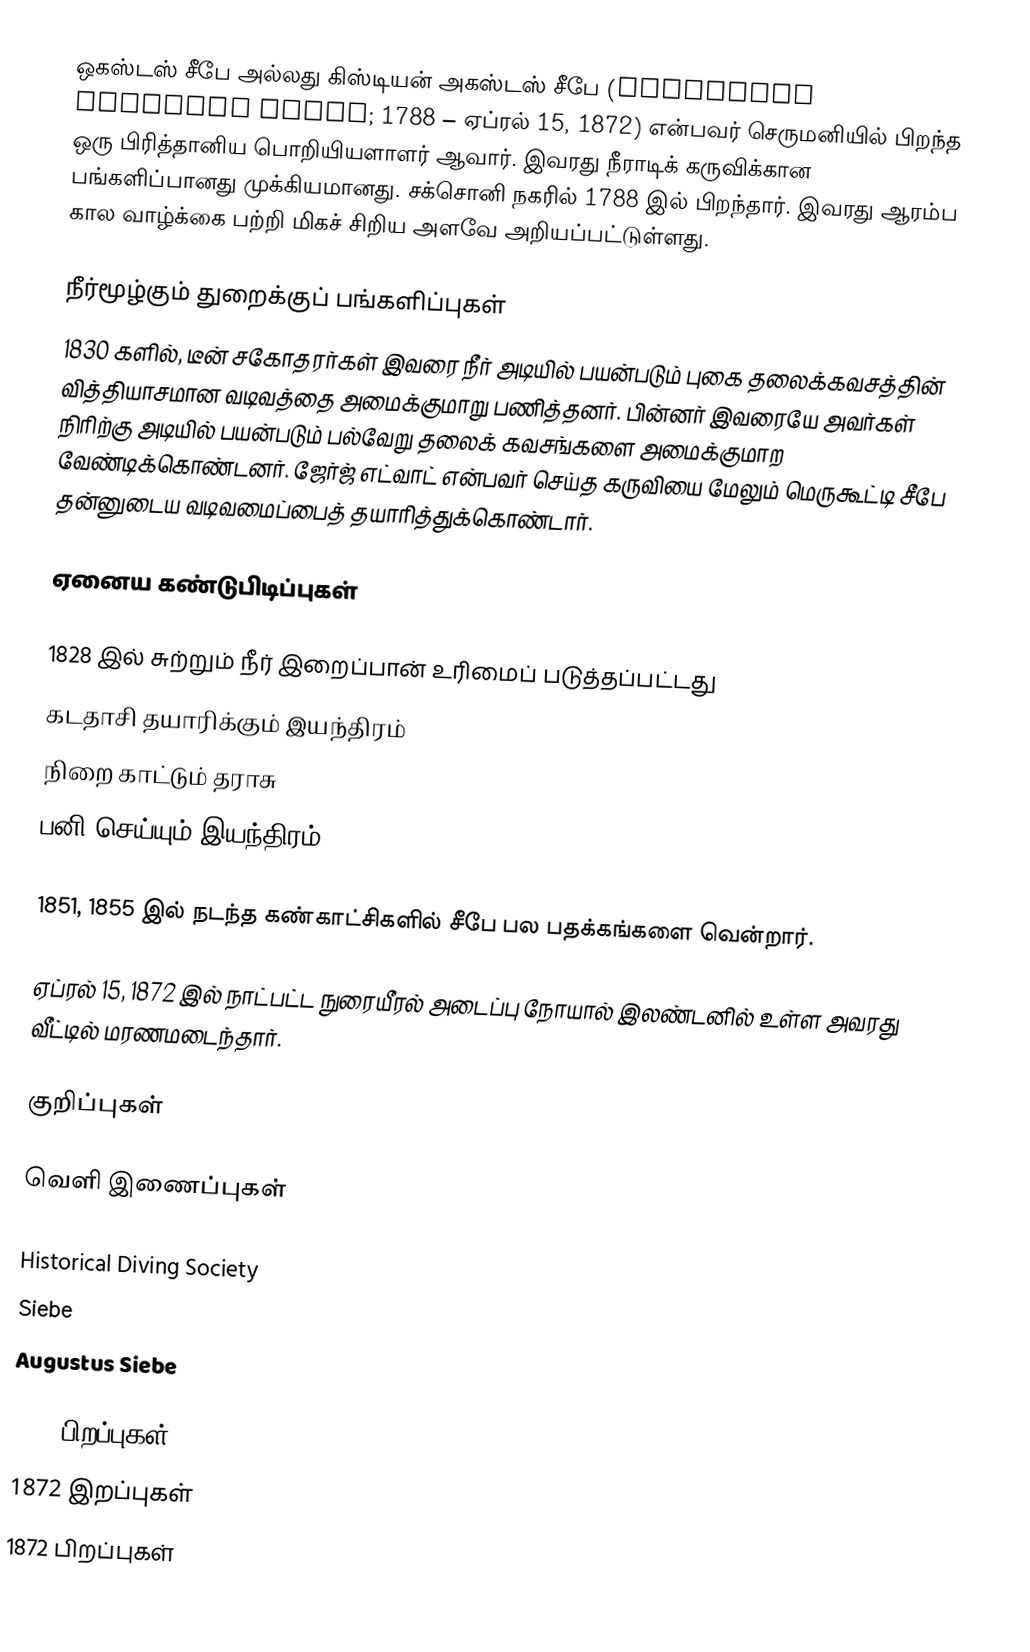
ஒகஸ்டஸ் சீபே அல்லது கிஸ்டியன் அகஸ்டஸ் சீபே (Christian Augustus Siebe; 1788 – ஏப்ரல் 15, 1872) என்பவர் செருமனியில் பிறந்த ஒரு பிரித்தானிய பொறியியளாளர் ஆவார். இவரது நீராடிக் கருவிக்கான பங்களிப்பானது முக்கியமானது. சக்சொனி நகரில் 1788 இல் பிறந்தார். இவரது ஆரம்ப கால வாழ்க்கை பற்றி மிகச் சிறிய அளவே அறியப்பட்டுள்ளது.

நீர்மூழ்கும் துறைக்குப் பங்களிப்புகள்
1830 களில், டீன் சகோதரர்கள் இவரை நீர் அடியில் பயன்படும் புகை தலைக்கவசத்தின் வித்தியாசமான வடிவத்தை அமைக்குமாறு பணித்தனர். பின்னர் இவரையே அவர்கள் நிரிற்கு அடியில் பயன்படும் பல்வேறு தலைக் கவசங்களை அமைக்குமாற வேண்டிக்கொண்டனர். ஜேர்ஜ் எட்வாட் என்பவர் செய்த கருவியை மேலும் மெருகூட்டி சீபே தன்னுடைய வடிவமைப்பைத் தயாரித்துக்கொண்டார்.

ஏனைய கண்டுபிடிப்புகள்

1828 இல் சுற்றும் நீர் இறைப்பான் உரிமைப் படுத்தப்பட்டது
கடதாசி தயாரிக்கும் இயந்திரம்
நிறை காட்டும் தராசு
பனி செய்யும் இயந்திரம்

1851, 1855 இல் நடந்த கண்காட்சிகளில் சீபே பல பதக்கங்களை வென்றார்.

ஏப்ரல் 15, 1872 இல் நாட்பட்ட நுரையீரல் அடைப்பு நோயால் இலண்டனில் உள்ள அவரது வீட்டில் மரணமடைந்தார்.

குறிப்புகள்

வெளி இணைப்புகள்

Historical Diving Society
Siebe
Augustus Siebe

1788 பிறப்புகள்
1872 இறப்புகள்
1872 பிறப்புகள்